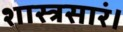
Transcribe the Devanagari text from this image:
शास्त्रसारं।